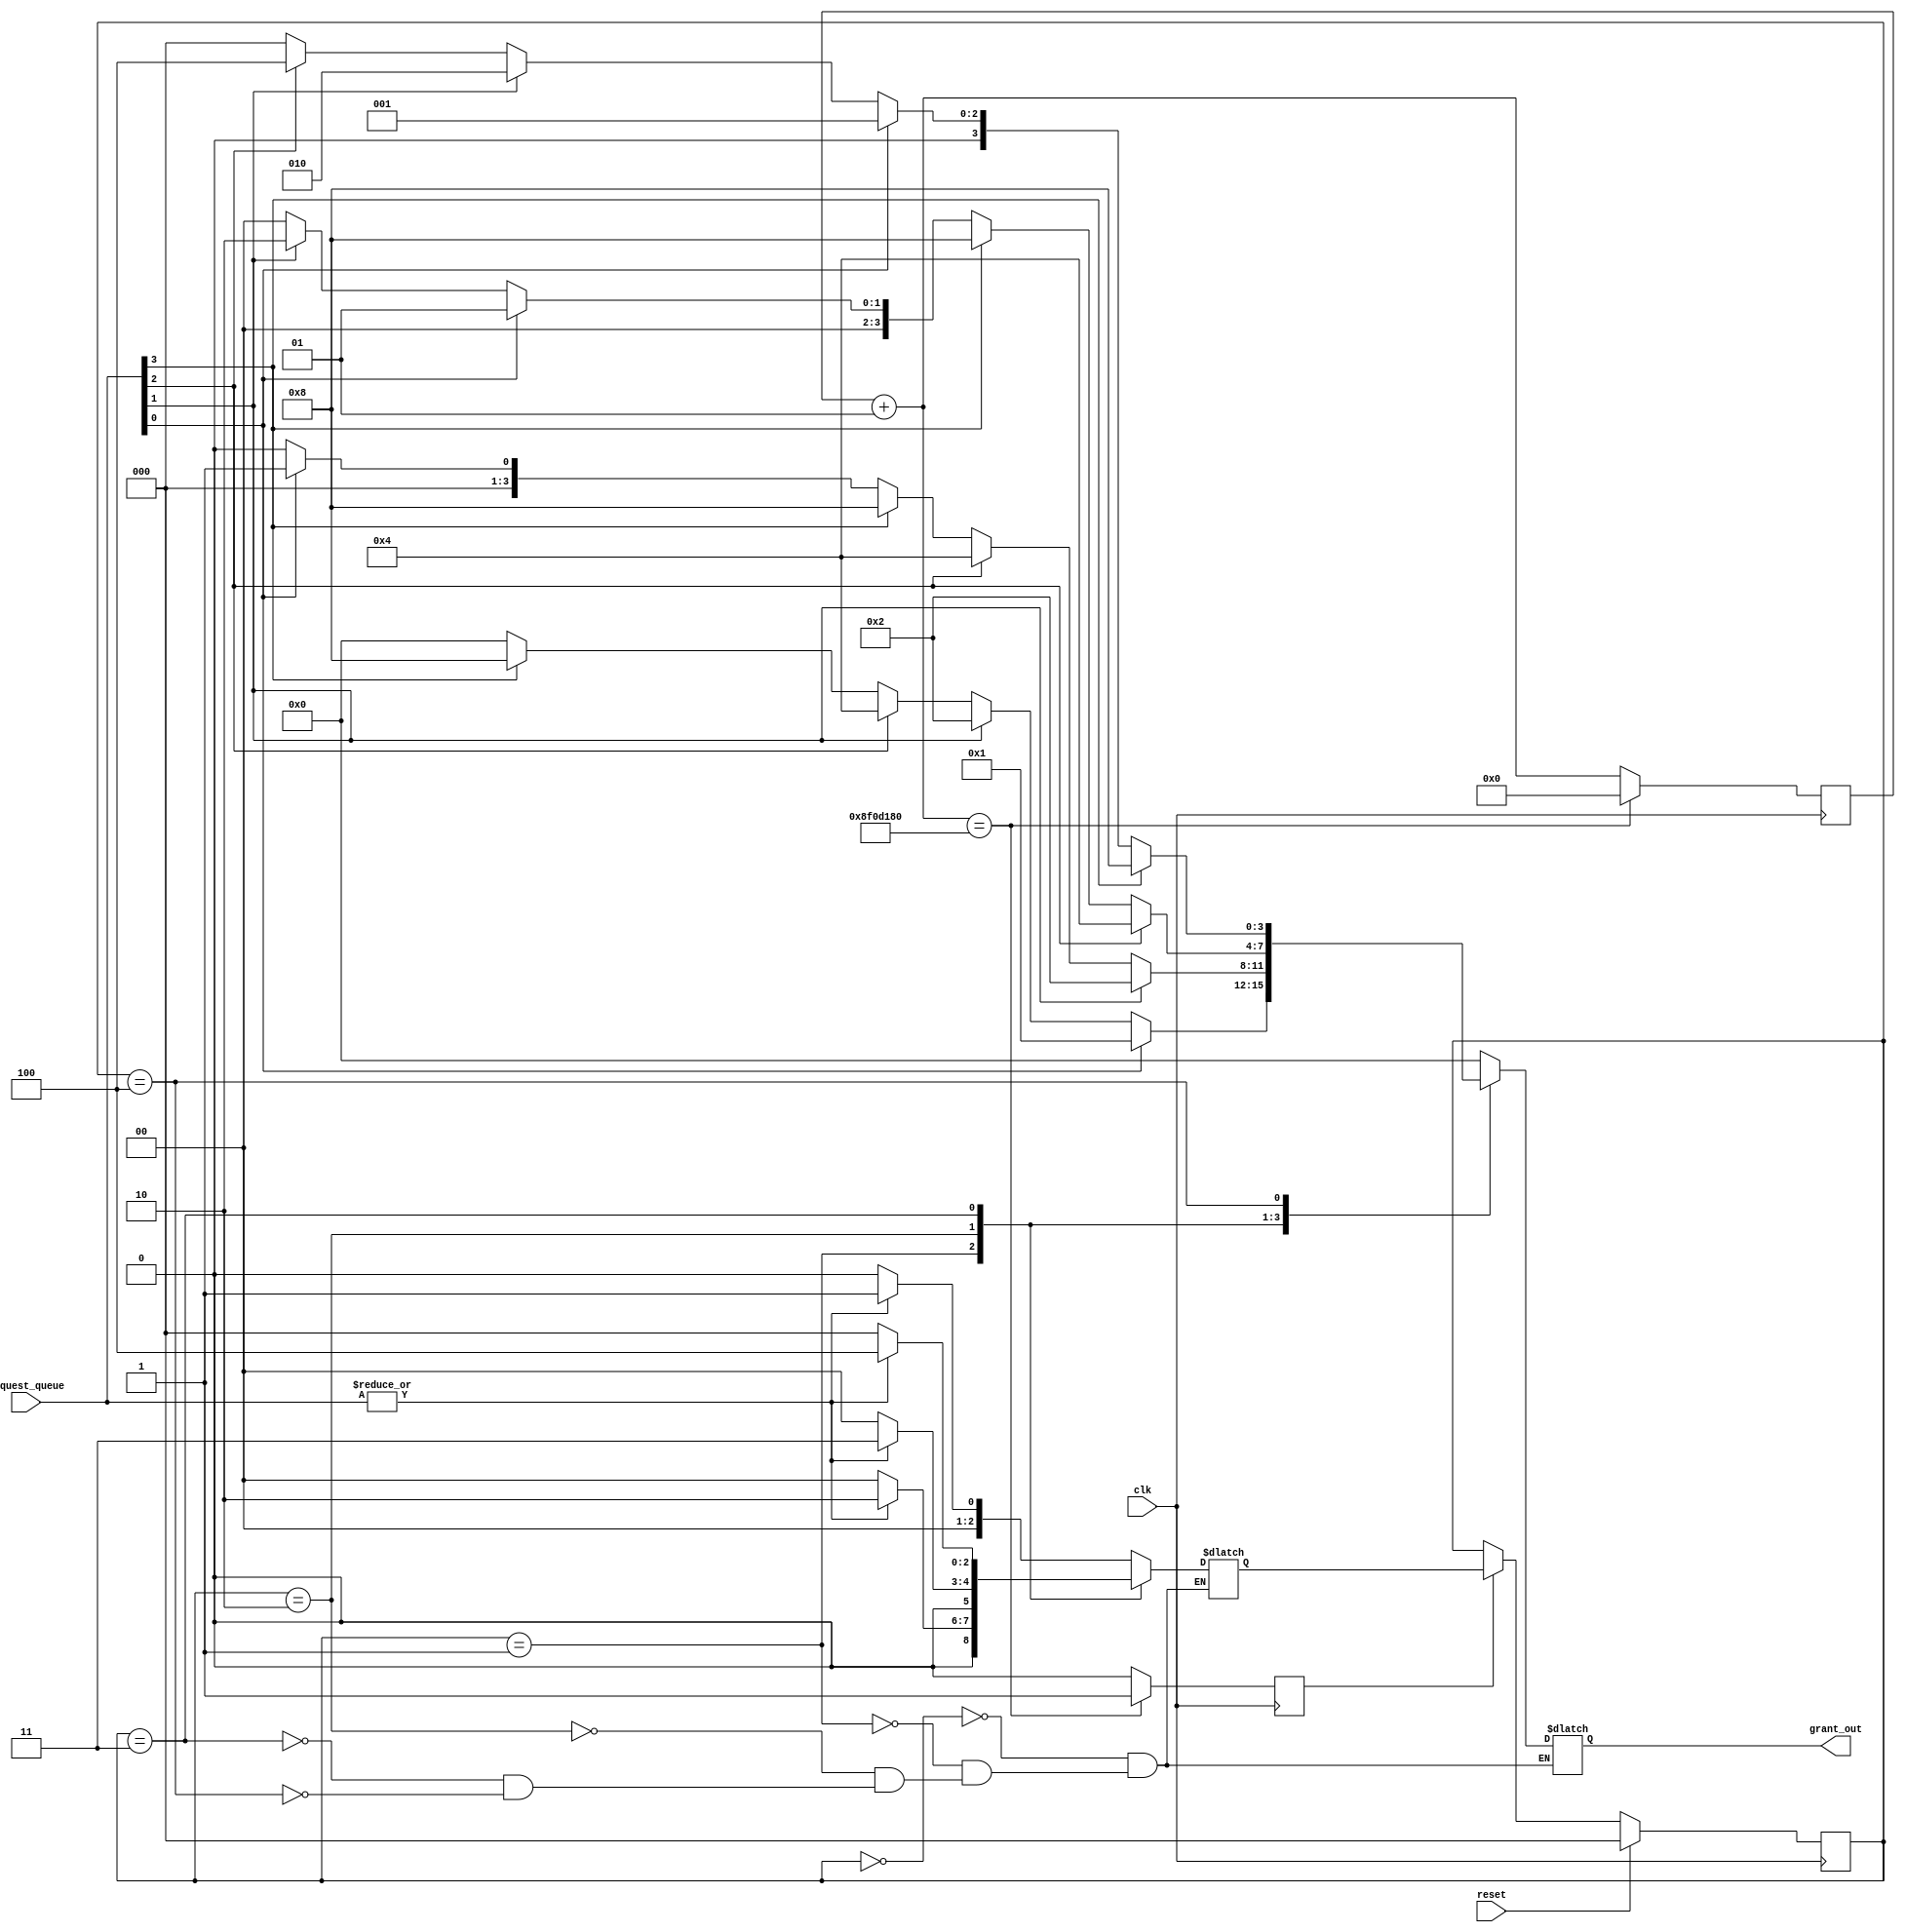
module WC_round_robin_arbiter
#(parameter integer THREE_SECS_FREQ = 150000000)
(input clk, input reset, input [3:0] request_queue, output [3:0] grant_out);


//The state variables --- 3-bit states
localparam [2:0]
                IDLE = 0,
                queue_1_priority = 1,
                queue_2_priority = 2,
                queue_3_priority = 3,
                queue_4_priority = 4;

reg [2:0] current_state, next_state;
reg enable;
integer time_counter = 0;  //helps count 3 seconds --- the time quanta
wire queues_are_empty;


//State Memory
always @ (posedge clk) begin
    if (reset) begin
        current_state <= IDLE;
    end

    else if (enable == 1'b1)begin
        current_state <= next_state;
    end
    
end


//measure(or count) three (3) seconds
//the time quanta/slice is 3 seconds 
always @ (posedge clk) begin
    time_counter = time_counter + 1;
    if (time_counter == THREE_SECS_FREQ) begin
        enable = 1'b1;
        time_counter = 0;
    end
    else enable = 1'b0;
    
end

//This line always checks if queues are empty of requests. If there are no request in any queue,
//the arbiter returns to the IDLE state to conserve work 
assign queues_are_empty = ~|(request_queue);      

//Next State Logic
always @ (current_state, queues_are_empty) begin
    case (current_state)
        IDLE: if (queues_are_empty == 1'b1) begin
                   next_state = IDLE;
              end
              else next_state = queue_1_priority;
        queue_1_priority:
                        if (queues_are_empty == 1'b1) begin
                              next_state = IDLE;
                         end
                        else next_state = queue_2_priority;
        queue_2_priority:
                        if (queues_are_empty == 1'b1) begin
                            next_state = IDLE;
                        end
                        else next_state = queue_3_priority;
        queue_3_priority:
                        if (queues_are_empty == 1'b1) begin
                            next_state = IDLE;
                        end
                        else next_state = queue_4_priority;
        queue_4_priority:
                        if (queues_are_empty == 1'b1) begin
                            next_state = IDLE;
                        end
                        else next_state = queue_1_priority;

    endcase



    
end

//Output Logic
always @(current_state, request_queue) begin
    case (current_state)
    IDLE : grant_out = 4'b0000;
    queue_1_priority :
                      if (request_queue[0]) begin
                          grant_out = 4'b0001;        
                      end
                      else if (request_queue[1]) begin
                          grant_out = 4'b0010;        
                      end
                      else if (request_queue[2]) begin
                          grant_out = 4'b0100;        
                      end
                      else if (request_queue[3]) begin
                          grant_out = 4'b1000;        
                      end
                      else grant_out = 4'b0000;
    queue_2_priority:
                    grant_out = request_queue[1]?4'b0010:request_queue[2]?4'b0100:request_queue[3]?4'b1000:request_queue[0]?4'b0001:4'b0000;

    queue_3_priority:
                    grant_out = request_queue[2]?4'b0100:request_queue[3]?4'b1000:request_queue[0]?4'b0001:request_queue[1]?4'b0010:4'b0000;

    queue_4_priority:
                    grant_out = request_queue[3]?4'b1000:request_queue[0]?4'b0001:request_queue[1]?4'b0010:request_queue[2]?4'b0100:4'b0000;


    endcase
    
end


endmodule